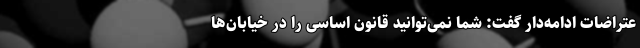
عتراضات ادامه‌دار گفت: شما نمی‌توانید قانون اساسی را در خیابان‌ها